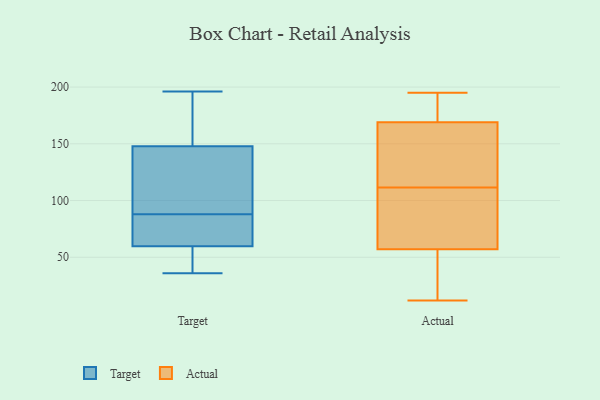
{"axis": {"x": "Gross Profit (USD K)", "y": "Value"}, "legend": ["Actual", "Target"], "data": [{"x": "", "y": 37, "type": "Target"}, {"x": "", "y": 127, "type": "Target"}, {"x": "", "y": 196, "type": "Target"}, {"x": "", "y": 88, "type": "Target"}, {"x": "", "y": 138, "type": "Target"}, {"x": "", "y": 105, "type": "Target"}, {"x": "", "y": 55, "type": "Target"}, {"x": "", "y": 36, "type": "Target"}, {"x": "", "y": 58, "type": "Target"}, {"x": "", "y": 156, "type": "Target"}, {"x": "", "y": 72, "type": "Target"}, {"x": "", "y": 151, "type": "Target"}, {"x": "", "y": 79, "type": "Target"}, {"x": "", "y": 65, "type": "Target"}, {"x": "", "y": 173, "type": "Target"}, {"x": "", "y": 188, "type": "Actual"}, {"x": "", "y": 66, "type": "Actual"}, {"x": "", "y": 48, "type": "Actual"}, {"x": "", "y": 77, "type": "Actual"}, {"x": "", "y": 22, "type": "Actual"}, {"x": "", "y": 103, "type": "Actual"}, {"x": "", "y": 160, "type": "Actual"}, {"x": "", "y": 127, "type": "Actual"}, {"x": "", "y": 120, "type": "Actual"}, {"x": "", "y": 195, "type": "Actual"}, {"x": "", "y": 178, "type": "Actual"}, {"x": "", "y": 12, "type": "Actual"}]}